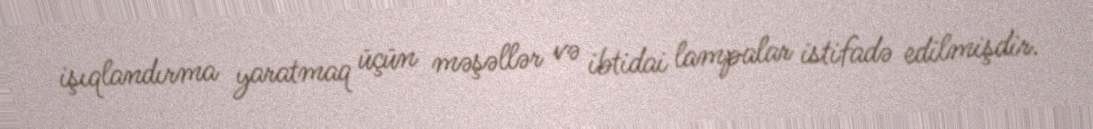
işıqlandırma yaratmaq üçün məşəllər və ibtidai lampalar istifadə edilmişdir.